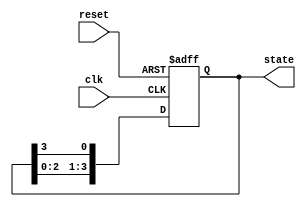
module ring_counter #(
    parameter N = 4  // Number of bits in the ring counter
) (
    input wire clk,      // Clock signal
    input wire reset,    // Asynchronous reset signal
    output reg [N-1:0] state // Current state of the ring counter
);

    // Initial state of the ring counter
    initial begin
        state = 1'b1; // Initialize with a single '1' at the MSB
    end

    // Always block triggered on the rising edge of the clock or reset
    always @(posedge clk or posedge reset) begin
        if (reset) begin
            state <= 1'b1; // Reset state to '1000' for 4-bit counter
        end else begin
            // Rotate the '1' through the bits
            state <= {state[N-2:0], state[N-1]}; // Shift left and wrap around
        end
    end
    
endmodule